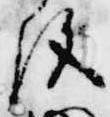
施